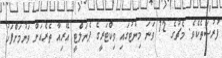
ފުރުސަތެކެވެ. މެޗުގެ 72 ވަނަ މިނެޓުގައި ވިކްޓަރީގެ ޕެނަލްޓީ އޭރިއާ ތެރެއަށް ވަނުމަށްފަހު